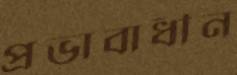
প্রভাবাধীন